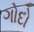
ગોદો